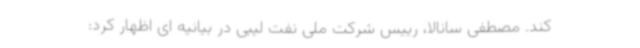
کند. مصطفی سانالا، رییس شرکت ملی نفت لیبی در بیانیه ای اظهار کرد: